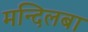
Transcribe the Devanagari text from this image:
मन्दिलबा